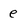
Character: e